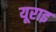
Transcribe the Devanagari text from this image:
यूराइ